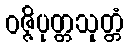
ဝဇ္ဇိပုတ္တသုတ္တံ